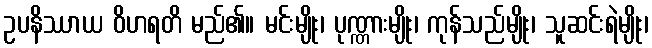
ဥပနိဿာယ ဝိဟရတိ မည်၏။ မင်းမျိုး၊ ပုဏ္ဏားမျိုး၊ ကုန်သည်မျိုး၊ သူဆင်းရဲမျိုး၊